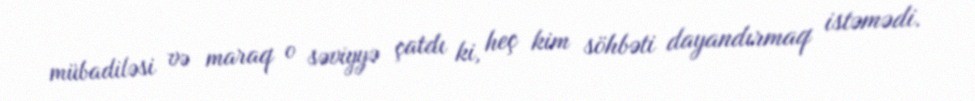
mübadiləsi və maraq o səviyyə çatdı ki, heç kim söhbəti dayandırmaq istəmədi.